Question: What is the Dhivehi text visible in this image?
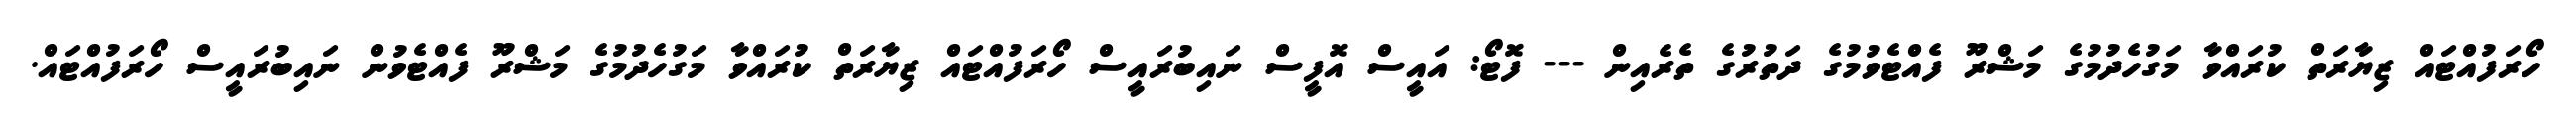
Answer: ހޯރަފުއްޓައް ޒިޔާރަތް ކުރައްވާ މަގުހެދުމުގެ މަޝްރޫ ފެއްޓެވުމުގެ ދަތުރުގެ ތެރެއިން --- ފޮޓޯ: އައީސް އޮފީސް ނައިބުރައީސް ހޯރަފުއްޓައް ޒިޔާރަތް ކުރައްވާ މަގުހެދުމުގެ މަޝްރޫ ފެއްޓެވުން ނައިބުރައީސް ހޯރަފުއްޓައް.